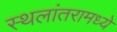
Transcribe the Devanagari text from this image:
स्थलांतरामध्ये